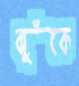
ঝুঁকে